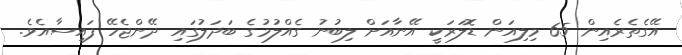
އޭގެތެރެއިން 65 މިލިއަން ޑޮލަރަކީ އޭނާއަށް ލިބުނު ގެއްލުމުގެ ބަދަލުގައި ދޭންޖެހޭ ފައިސާއެވެ.